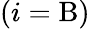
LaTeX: (i=\mathrm{B})